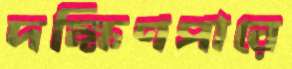
দক্ষিণপারে